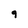
Character: 9